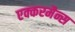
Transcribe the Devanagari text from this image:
एक्करमैन्स